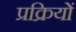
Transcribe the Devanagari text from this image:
प्रक्रियों